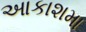
આકાશમા